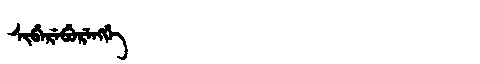
Manchu: ᠰᡳᠪᡝᡵᡝᠪᡠᡵᡝᠩᡤᡝ
Romanization: SIBEREBURENGGE